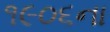
૧૯૦૬ના